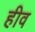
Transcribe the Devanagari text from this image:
हीव